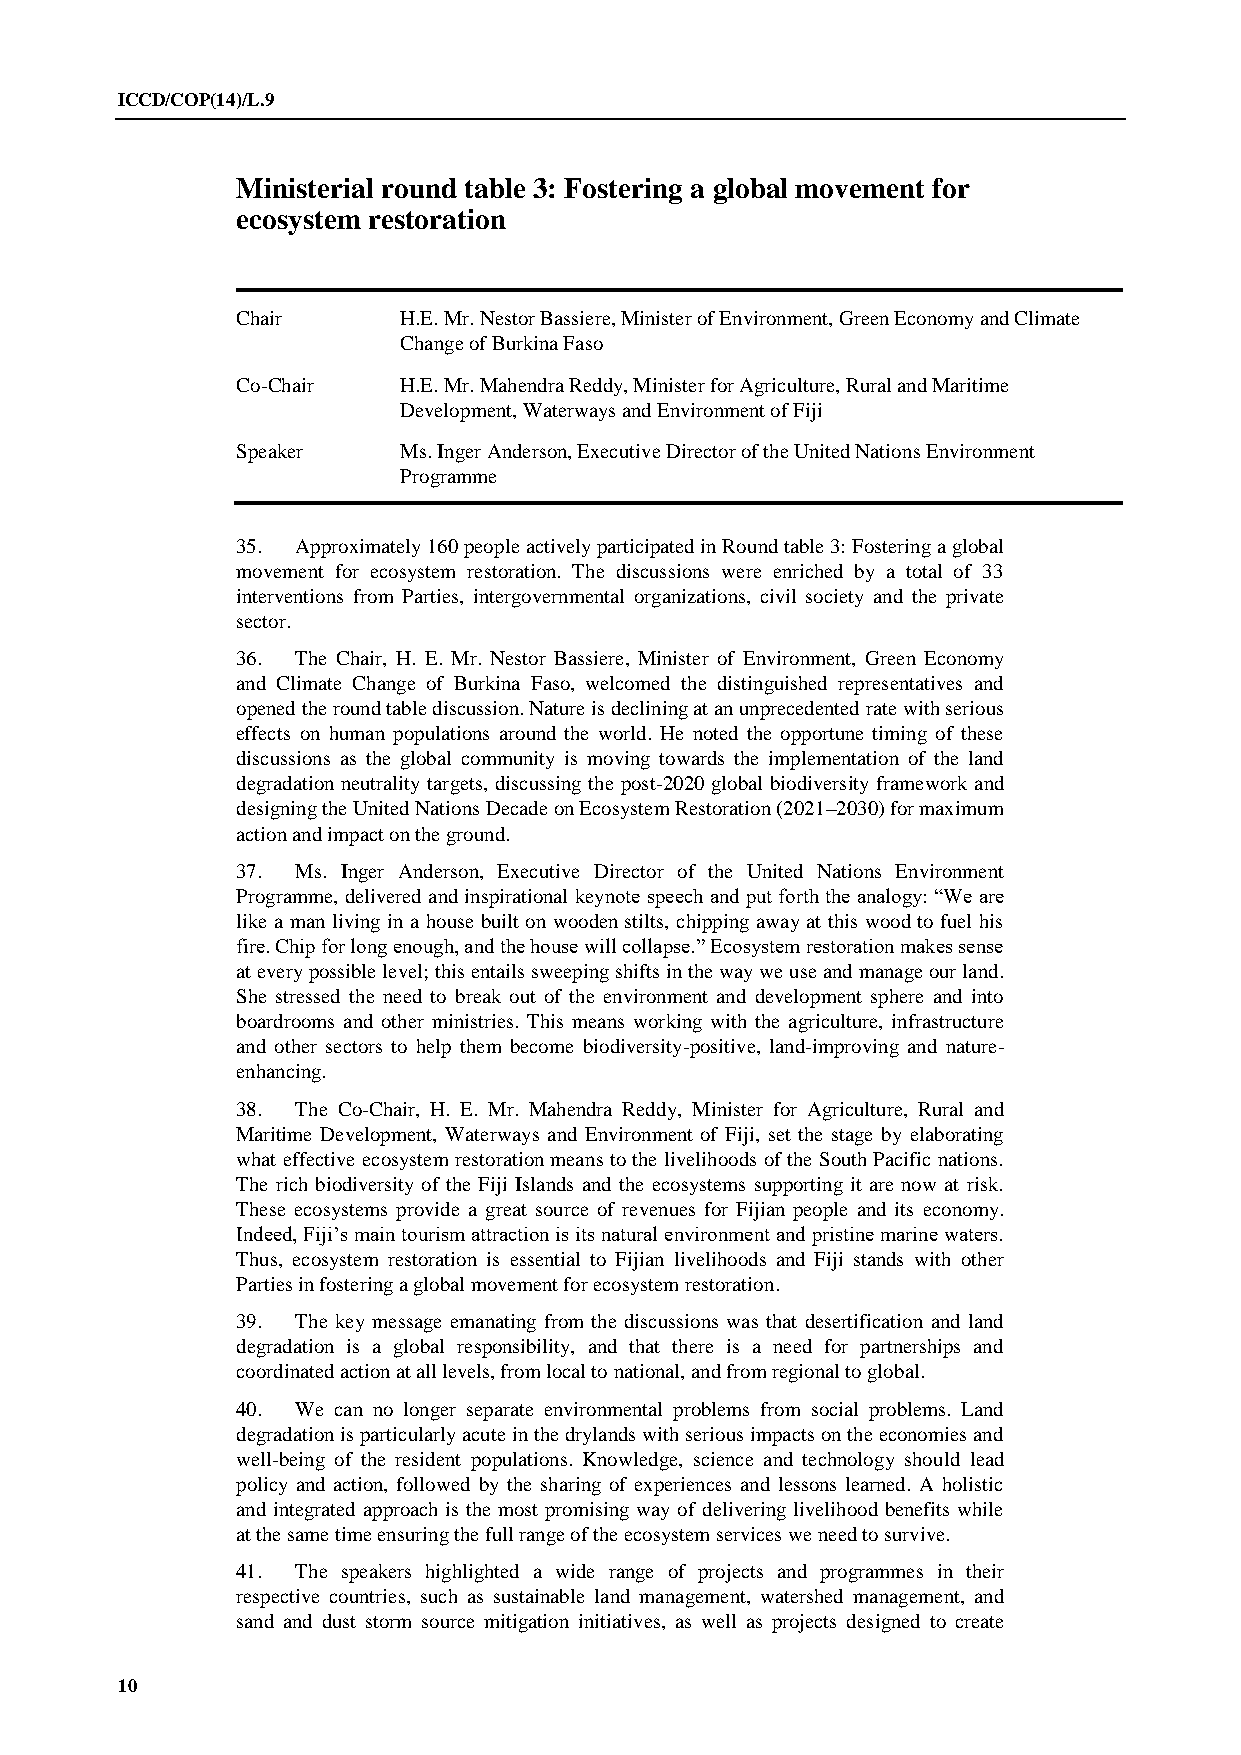
ICCD/COP(14)/L.9
 Ministerial round table 3: Fostering a global movement for
 ecosystem restoration
 Chair     H.E. Mr. Nestor Bassiere, Minister of Environment, Green Economy and Climate
 Change of Burkina Faso
 Co-Chair  H.E. Mr. Mahendra Reddy, Minister for Agriculture, Rural and Maritime
 Development, Waterways and Environment of Fiji
 Speaker   Ms. Inger Anderson, Executive Director of the United Nations Environment
 Programme
 35. Approximately 160 people actively participated in Round table 3: Fostering a global
 movement for ecosystem restoration. The discussions were enriched by a total of 33
 interventions from Parties, intergovernmental organizations, civil society and the private
 sector.
 36. The Chair, H. E. Mr. Nestor Bassiere, Minister of Environment, Green Economy
 and Climate Change of Burkina Faso, welcomed the distinguished representatives and
 opened the round table discussion. Nature is declining at an unprecedented rate with serious
 effects on human populations around the world. He noted the opportune timing of these
 discussions as the global community is moving towards the implementation of the land
 degradation neutrality targets, discussing the post-2020 global biodiversity framework and
 designing the United Nations Decade on Ecosystem Restoration (2021–2030) for maximum
 action and impact on the ground.
 37. Ms. Inger Anderson, Executive Director of the United Nations Environment
 Programme, delivered and inspirational keynote speech and put forth the analogy: “We are
 like a man living in a house built on wooden stilts, chipping away at this wood to fuel his
 fire. Chip for long enough, and the house will collapse.” Ecosystem restoration makes sense
 at every possible level; this entails sweeping shifts in the way we use and manage our land.
 She stressed the need to break out of the environment and development sphere and into
 boardrooms and other ministries. This means working with the agriculture, infrastructure
 and other sectors to help them become biodiversity-positive, land-improving and nature-
 enhancing.
 38. The Co-Chair, H. E. Mr. Mahendra Reddy, Minister for Agriculture, Rural and
 Maritime Development, Waterways and Environment of Fiji, set the stage by elaborating
 what effective ecosystem restoration means to the livelihoods of the South Pacific nations.
 The rich biodiversity of the Fiji Islands and the ecosystems supporting it are now at risk.
 These ecosystems provide a great source of revenues for Fijian people and its economy.
 Indeed, Fiji’s main tourism attraction is its natural environment and pristine marine waters.
 Thus, ecosystem restoration is essential to Fijian livelihoods and Fiji stands with other
 Parties in fostering a global movement for ecosystem restoration.
 39. The key message emanating from the discussions was that desertification and land
 degradation is a global responsibility, and that there is a need for partnerships and
 coordinated action at all levels, from local to national, and from regional to global.
 40. We can no longer separate environmental problems from social problems. Land
 degradation is particularly acute in the drylands with serious impacts on the economies and
 well-being of the resident populations. Knowledge, science and technology should lead
 policy and action, followed by the sharing of experiences and lessons learned. A holistic
 and integrated approach is the most promising way of delivering livelihood benefits while
 at the same time ensuring the full range of the ecosystem services we need to survive.
 41. The speakers highlighted a wide range of projects and programmes in their
 respective countries, such as sustainable land management, watershed management, and
 sand and dust storm source mitigation initiatives, as well as projects designed to create
 10